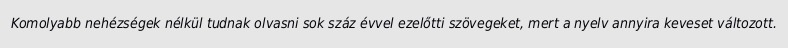
Komolyabb nehézségek nélkül tudnak olvasni sok száz évvel ezelőtti szövegeket, mert a nyelv annyira keveset változott.